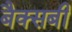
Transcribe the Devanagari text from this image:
बैक्सबी